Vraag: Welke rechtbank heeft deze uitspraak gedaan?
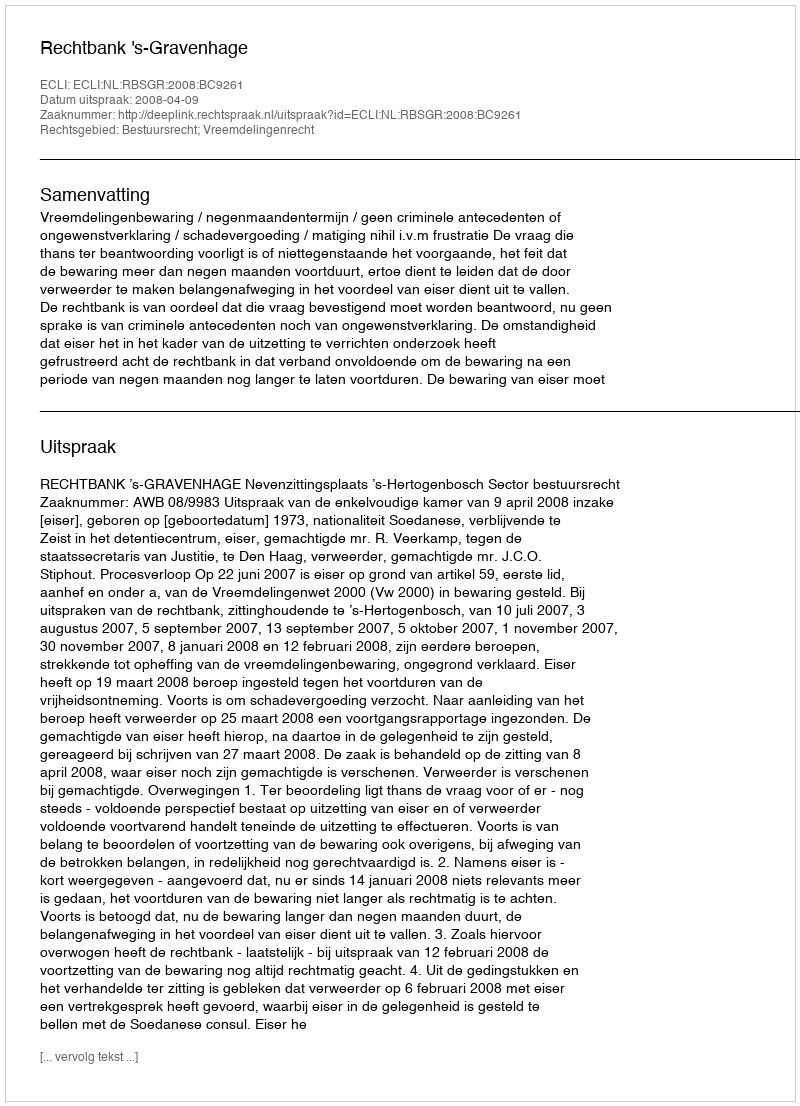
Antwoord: Rechtbank 's-Gravenhage